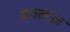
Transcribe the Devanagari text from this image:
बज्लाज़